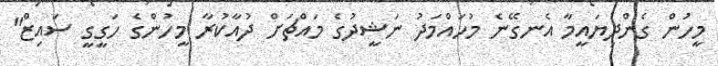
މީހުން ގެންދިޔައީމާ އެނގޭނެ މުހައްމަދު ނަޝީދުގެ މައްޗަށް ދުއާކުރާ މީހުންގެ ހަގީގީ ސައިޒް"